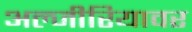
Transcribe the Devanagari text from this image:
अल्जीरियावर